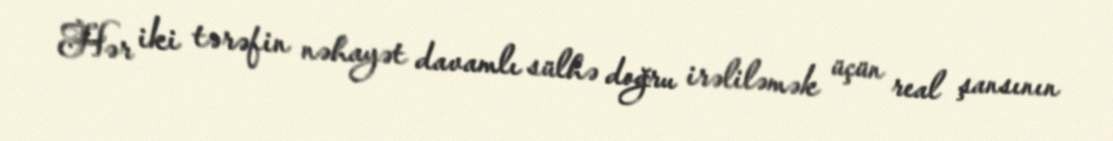
Hər iki tərəfin nəhayət davamlı sülhə doğru irəliləmək üçün real şansının